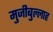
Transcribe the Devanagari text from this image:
मुजीबुल्लाह